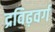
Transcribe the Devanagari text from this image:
द्रविढ़वर्ग